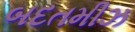
બદતમીઝ